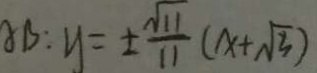
A B : y = \pm \frac { \sqrt { 1 1 } } { 1 1 } ( x + \sqrt { 3 } )